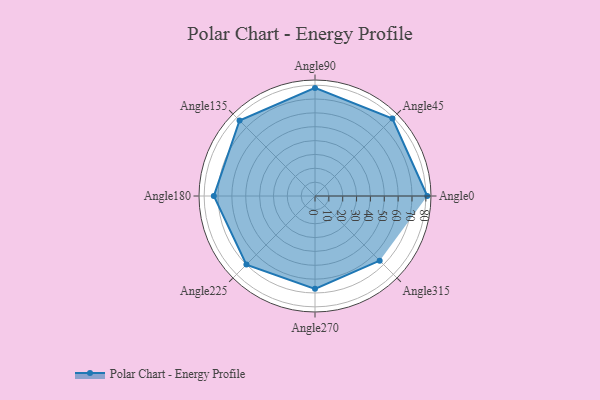
{"axis": {"x": "Angle", "y": "Radius"}, "legend": [""], "data": [{"x": "Angle0", "y": 81.0, "type": ""}, {"x": "Angle45", "y": 79.0, "type": ""}, {"x": "Angle90", "y": 78.0, "type": ""}, {"x": "Angle135", "y": 77.0, "type": ""}, {"x": "Angle180", "y": 73.0, "type": ""}, {"x": "Angle225", "y": 70.0, "type": ""}, {"x": "Angle270", "y": 67.0, "type": ""}, {"x": "Angle315", "y": 66.0, "type": ""}]}